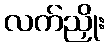
လက်ညှိုး